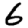
Digit: 6